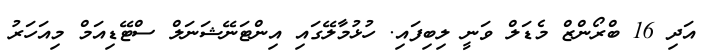
އަދި 16 ބްރޯންޒް މެޑަލް ވަނީ ލިބިފައި. ހުޅުމާލޭގައި އިންޓަނޭޝަނަލް ސްޓޭޑިއަމް މިއަހަރު